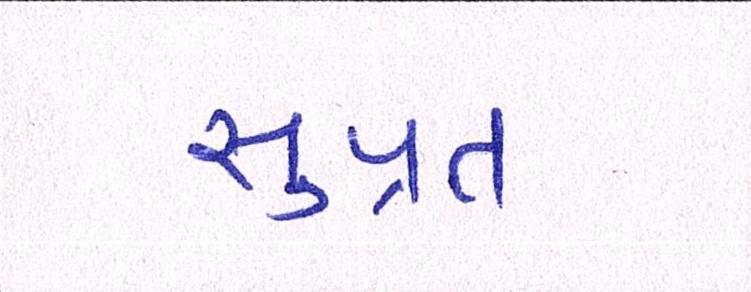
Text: સુપ્રત